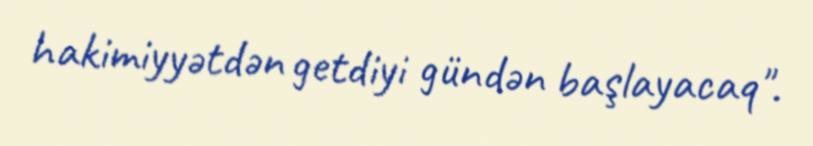
hakimiyyətdən getdiyi gündən başlayacaq".